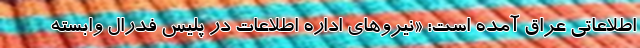
اطلاعاتی عراق آمده است: «نیروهای اداره اطلاعات در پلیس فدرال وابسته